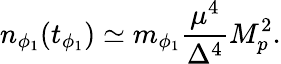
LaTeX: n_{\phi_{1}}(t_{\phi_{1}})\simeq m_{\phi_{1}}\frac{\mu^{4}}{\Delta^{4}}M_{p}^{2}.